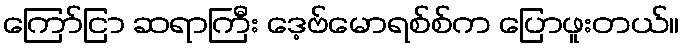
ကြော်ငြာ ဆရာကြီး ဒေ့ဗ်မောရစ်စ်က ပြောဖူးတယ်။